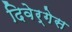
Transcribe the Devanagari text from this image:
दिवेर्गेस